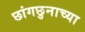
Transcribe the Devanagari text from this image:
छांगछुनाच्या